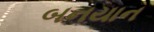
બનયાન